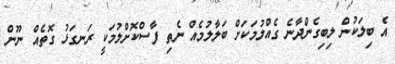
އެ ބިލަކުން ލިބިގެންދާނެ ގެއްލުމަކަށް ބަލާލުމެއް ނެތި ފާސްކޮށްލުމަކީ ރަނގަޅު ގޮތެއް ނޫން